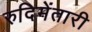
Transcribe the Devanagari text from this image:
रुदिमेंतारी